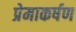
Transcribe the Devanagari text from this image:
प्रेमाकर्षण